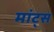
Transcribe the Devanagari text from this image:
मांट्स